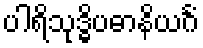
ပါရိသုဒ္ဓိပဓာနိယင်္ဂံ